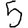
Digit: 5